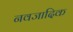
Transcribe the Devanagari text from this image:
नवजादिक